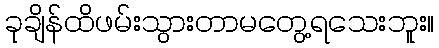
ခုချိန်ထိဖမ်းသွားတာမတွေ့ရသေးဘူး။